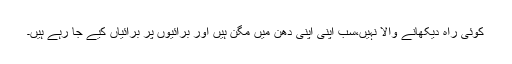
کوئی راہ دیکھانے والا نہیں،سب اپنی اپنی دھن میں مگن ہیں اور برائیوں پر برائیاں کیے جا رہے ہیں۔